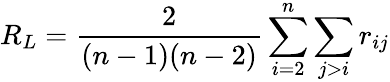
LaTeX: R_{L}=\frac{2}{(n-1)(n-2)}\sum_{i=2}^{n}\sum_{j>i}r_{ij}